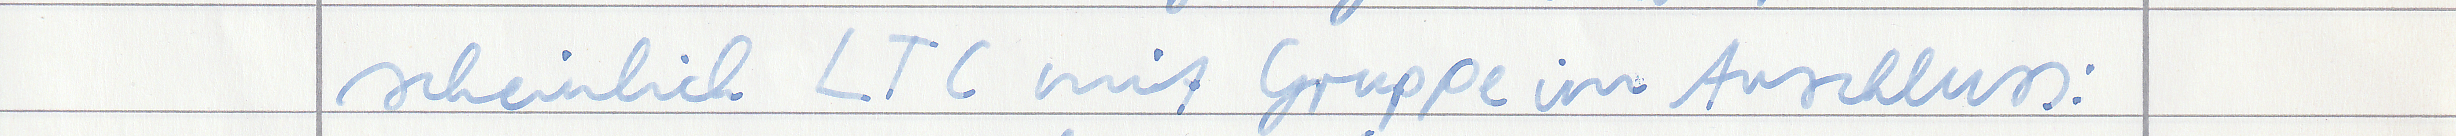
scheinlich LTC mit Gruppe im Anschluss: